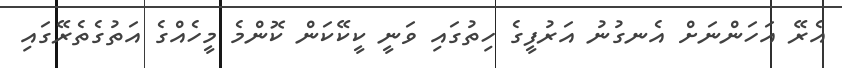
އެރޭ އަހަންނަށް އެނގުނު އަރުފީގެ ހިތުގައި ވަނީ ކީކޭކަން ކޮންމެ މީހެއްގެ އަތުގެތެރޭގައި